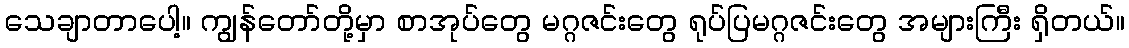
သေချာတာပေါ့။ ကျွန်တော်တို့မှာ စာအုပ်တွေ မဂ္ဂဇင်းတွေ ရုပ်ပြမဂ္ဂဇင်းတွေ အများကြီး ရှိတယ်။